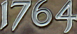
1764